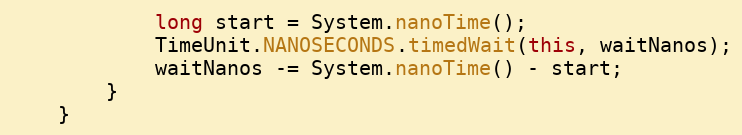
Language: Java
            long start = System.nanoTime();
            TimeUnit.NANOSECONDS.timedWait(this, waitNanos);
            waitNanos -= System.nanoTime() - start;
        }
    }